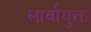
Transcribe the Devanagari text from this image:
लार्वायुक्त